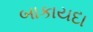
બાકાયદા